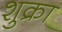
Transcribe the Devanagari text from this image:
शुक्रा